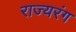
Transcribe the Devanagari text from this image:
राज्यरंग